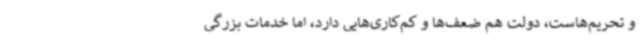
و تحریم‌هاست، دولت هم ضعف‌ها و کم‌کاری‌هایی دارد، اما خدمات بزرگی